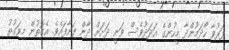
ފަރުވާ ހޯދަމުންދާ މީހުންގެ ޢަދަދުވެސް ވަނީ ދަށަށް ދާން ފަށާފައެވެ. އެގޮތުން މިވަގުތު